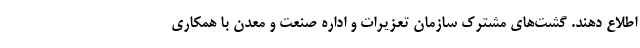
اطلاع دهند. گشت‌های مشترک سازمان تعزیرات و اداره صنعت و معدن با همکاری